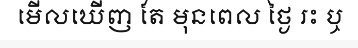
មើលឃើញ តែ មុនពេល ថ្ងៃ រះ ឬ